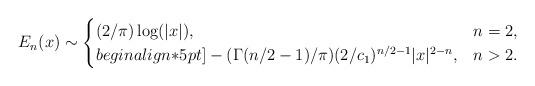
LaTeX: \begin{align*}E_{n}(x)\sim\begin{cases}(2/\pi)\log(|x|),\quad& n=2,\\begin{align*}5pt]-(\Gamma(n/2-1)/\pi)(2/c_{1})^{n/2-1}|x|^{2-n},& n>2.\end{cases}\end{align*}